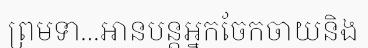
ព្រមទា...អានបន្តអ្នកចែកចាយនិង